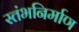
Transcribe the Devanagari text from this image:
स्तंभनिर्माण